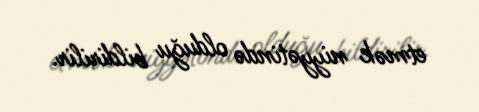
etmək niyyətində olduğu bildirilir.